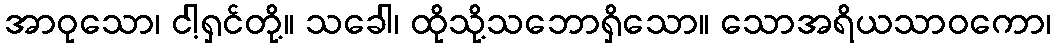
အာဝုသော၊ ငါ့ရှင်တို့။ သခေါ၊ ထိုသို့သဘောရှိသော။ သောအရိယသာဝကော၊